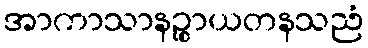
အာကာသာနဉ္စာယတနသညံ